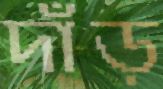
দাঁড়